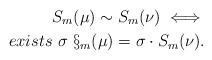
LaTeX: \begin{align*}S_m(\mu) \sim S_m(\nu)\iff\\exists\ \sigma\ \S_m(\mu) = \sigma \cdot S_m(\nu).\end{align*}